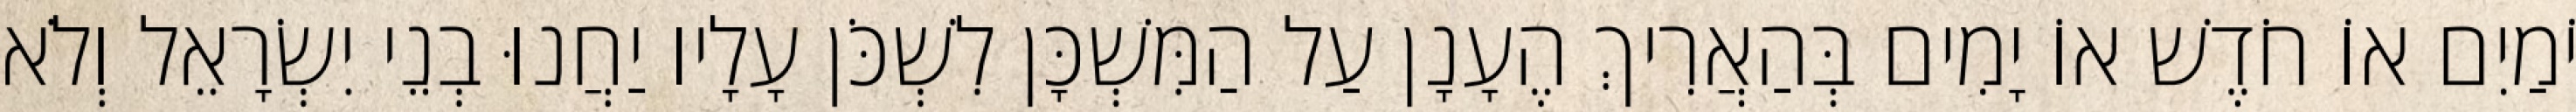
יֹמַיִם אוֹ חֹדֶשׁ אוֹ יָמִים בְּהַאֲרִיךְ הֶעָנָן עַל הַמִּשְׁכָּן לִשְׁכֹּן עָלָיו יַחֲנוּ בְנֵי יִשְׂרָאֵל וְלֹא